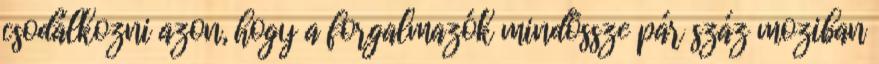
csodálkozni azon, hogy a forgalmazók mindössze pár száz moziban